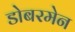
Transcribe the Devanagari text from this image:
डोबरमेन